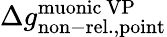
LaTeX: \Delta{g}_{\mathrm{non-rel.,point}}^{\mathrm{muonic\ VP}}